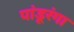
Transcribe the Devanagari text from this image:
पांडूरंगा